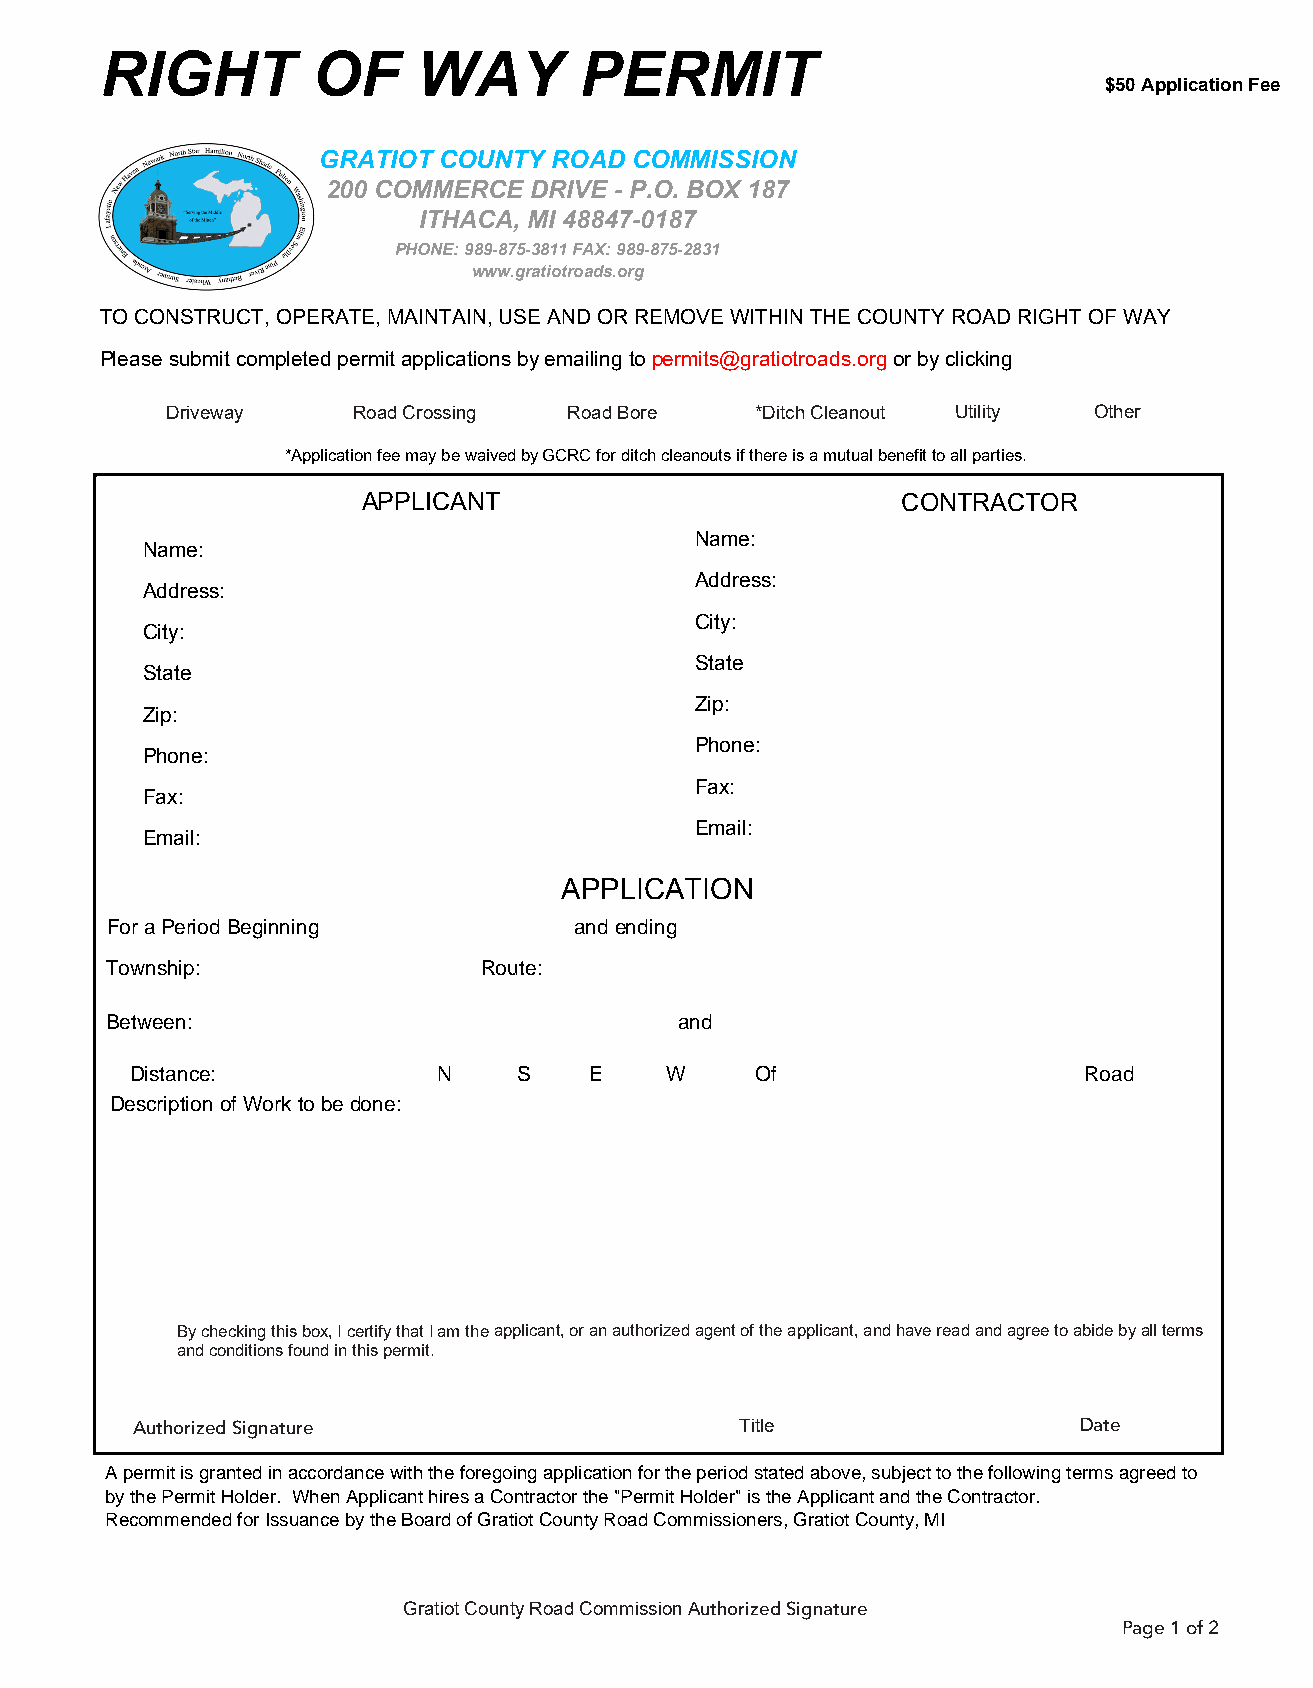
RIGHT         OF     WAY       PERMIT
 $50 Application Fee
 GRATIOT COUNTY ROAD  COMMISSION
 200 COMMERCE DRIVE - P.O. BOX 187
 ITHACA, MI 48847-0187
 PHONE: 989-875-3811 FAX: 989-875-2831
 www.gratiotroads.org
 TO CONSTRUCT, OPERATE, MAINTAIN, USE AND OR REMOVE WITHIN THE COUNTY ROAD RIGHT OF WAY
 Please submit completed permit applications by emailing to permits@gratiotroads.org or by clicking
 Driveway    Road Crossing  Road Bore   *Ditch Cleanout Utility Other
 *Application fee may be waived by GCRC for ditch cleanouts if there is a mutual benefit to all parties.
 APPLICANT                           CONTRACTOR
 APPLICATION
 By checking this box, I certify that I am the applicant, or an authorized agent of the applicant, and have read and agree to abide by all terms
 and conditions found in this permit.
 Authorized Signature                    Title                 Date
 Gratiot County Road Commission Authorized Signature
 Page 1 of 2